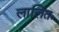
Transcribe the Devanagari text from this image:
लालितः